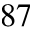
^ { 8 7 }